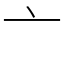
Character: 亠